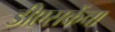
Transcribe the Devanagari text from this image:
डीएसकेंचा